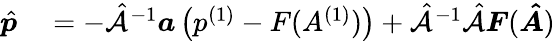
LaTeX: \begin{array}{rl}{\hat{\boldsymbol{p}}}&{{}=-\hat{\mathcal{A}}^{-1}\boldsymbol{a}\left(p^{(1)}-F(A^{(1)})\right)+\hat{\mathcal{A}}^{-1}\hat{\mathcal{A}}\boldsymbol{F}(\boldsymbol{\hat{A}})\, }\end{array}